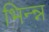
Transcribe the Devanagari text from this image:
भिन्न्न